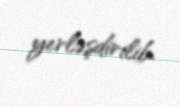
yerləşdirilib.